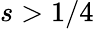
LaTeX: s>1/4